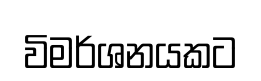
විමර්ශනයකට